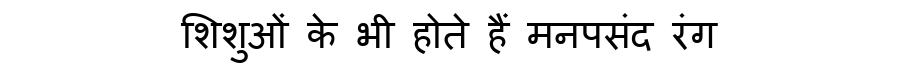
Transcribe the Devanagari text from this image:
शिशुओं के भी होते हैं मनपसंद रंग